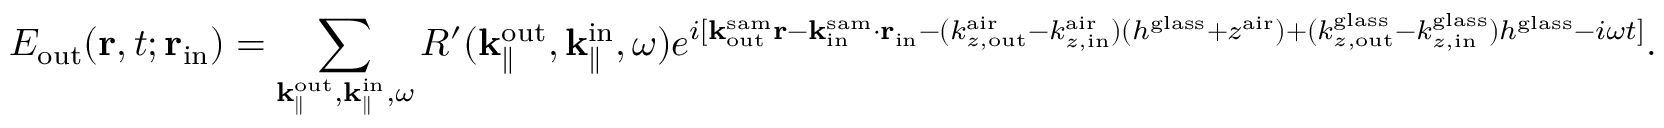
E _ { \mathrm { o u t } } ( { \bf r } , t ; { \bf r } _ { \mathrm { i n } } ) = \sum _ { { \bf k } _ { \parallel } ^ { \mathrm { o u t } } , { \bf k } _ { \parallel } ^ { \mathrm { i n } } , \omega } R ^ { \prime } ( { \bf k } _ { \parallel } ^ { \mathrm { o u t } } , { \bf k } _ { \parallel } ^ { \mathrm { i n } } , \omega ) e ^ { i [ { \bf k } _ { \mathrm { o u t } } ^ { \mathrm { s a m } } { \bf r } - { \bf k } _ { \mathrm { i n } } ^ { \mathrm { s a m } } \cdot { \bf r } _ { \mathrm { i n } } - ( k _ { z , \mathrm { o u t } } ^ { \mathrm { a i r } } - k _ { z , \mathrm { i n } } ^ { \mathrm { a i r } } ) ( h ^ { \mathrm { g l a s s } } + z ^ { \mathrm { a i r } } ) + ( k _ { z , \mathrm { o u t } } ^ { \mathrm { g l a s s } } - k _ { z , \mathrm { i n } } ^ { \mathrm { g l a s s } } ) h ^ { \mathrm { g l a s s } } - i \omega t ] } .